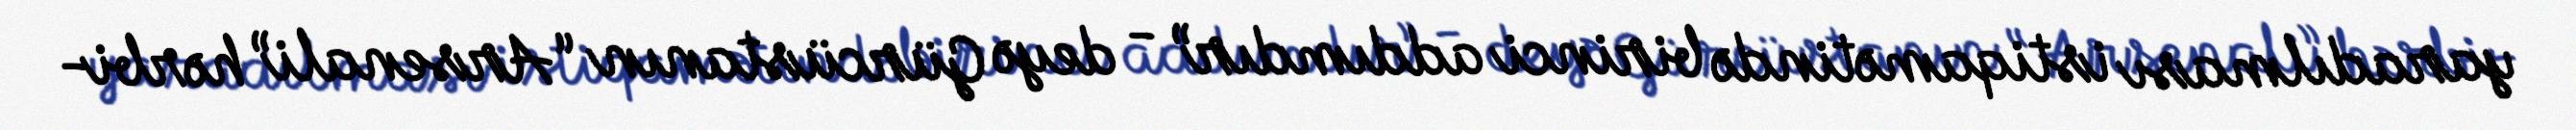
yaradılması istiqamətində birinci addımdır” - deyə Gürcüstanın “Arsenali” hərbi-